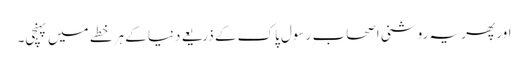
اور پھر یہ روشنی اصحاب ِ رسول پاک کے ذریعے دنیا کے ہر خطے میں پہنچی۔